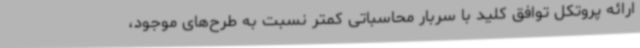
ارائه پروتکل توافق کلید با سربار محاسباتی کمتر نسبت به طرح‌های موجود،